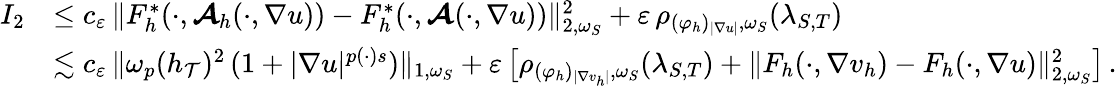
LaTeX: \begin{array}{rl}{I_{2}}&{\leq c_{\varepsilon}\, \| F_{h}^{*}(\cdot,\boldsymbol{\mathcal{A}}_{h}(\cdot,\nabla u))-F_{h}^{*}(\cdot,\boldsymbol{\mathcal{A}}(\cdot,\nabla u))\| _{2,\omega_{S}}^{2}+\varepsilon\, \rho_{(\varphi_{h})_{\vert\nabla u\vert},\omega_{S}}(\lambda_{S,T})}\\ &{\lesssim c_{\varepsilon}\, \| \omega_{p}(h_{\mathcal{T}})^{2}\, (1+\vert\nabla u\vert^{p(\cdot)s})\| _{1,\omega_{S}}+\varepsilon\, \big[\rho_{(\varphi_{h})_{\vert\nabla v_{h}\vert},\omega_{S}}(\lambda_{S,T})+\| F_{h}(\cdot,\nabla v_{h})-F_{h}(\cdot,\nabla u)\| _{2,\omega_{S}}^{2}\big]\, .}\end{array}